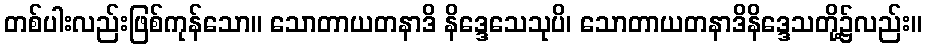
တစ်ပါးလည်းဖြစ်ကုန်သော။ သောတာယတနာဒိ နိဒ္ဒေသေသုပိ၊ သောတာယတနာဒိနိဒ္ဒေသတို့၌လည်း။